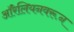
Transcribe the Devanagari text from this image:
ऑरेलियनवरून